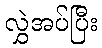
လွှဲအပ်ပြီး